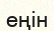
еңін